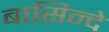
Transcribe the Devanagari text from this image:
बासिन्दे